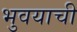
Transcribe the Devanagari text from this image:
भुवयाची